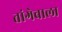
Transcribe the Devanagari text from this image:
तांगेवाला